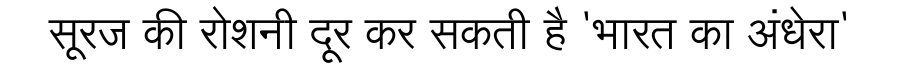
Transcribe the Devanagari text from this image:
सूरज की रोशनी दूर कर सकती है 'भारत का अंधेरा'